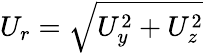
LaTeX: U_{r}=\sqrt{U_{y}^{2}+U_{z}^{2}}